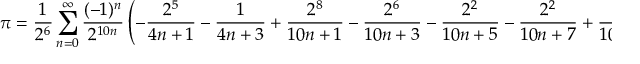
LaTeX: \pi = { \frac { 1 } { 2 ^ { 6 } } } \sum _ { n = 0 } ^ { \infty } { \frac { ( - 1 ) ^ { n } } { 2 ^ { 1 0 n } } } \left( - { \frac { 2 ^ { 5 } } { 4 n + 1 } } - { \frac { 1 } { 4 n + 3 } } + { \frac { 2 ^ { 8 } } { 1 0 n + 1 } } - { \frac { 2 ^ { 6 } } { 1 0 n + 3 } } - { \frac { 2 ^ { 2 } } { 1 0 n + 5 } } - { \frac { 2 ^ { 2 } } { 1 0 n + 7 } } + { \frac { 1 } { 1 0 n + 9 } } \right)